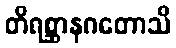
တိရစ္ဆာနဂတောသိ